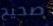
صحيح